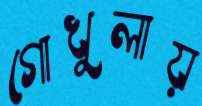
গোখুলায়